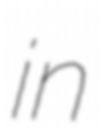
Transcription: in